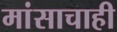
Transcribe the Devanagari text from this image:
मांसाचाही